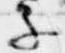
子